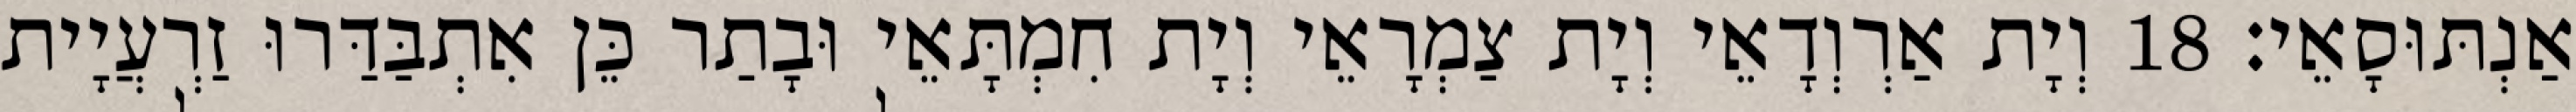
אַנְתּוּסָאֵי׃ 18 וְיָת אַרְוְדָאֵי וְיָת צַמְרָאֵי וְיָת חִמְתָּאֵי וּבָתַר כֵּן אִתְבַּדַּרוּ זַרְעֲיָית